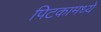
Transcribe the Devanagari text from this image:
पिटकामध्ये